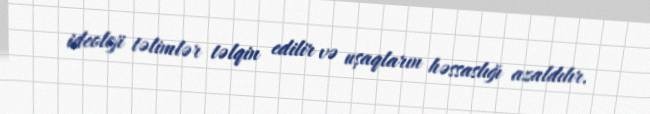
ideoloji təlimlər təlqin edilir və uşaqların həssaslığı azaldılır.